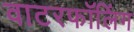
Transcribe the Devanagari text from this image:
वाटरफॉलिंग